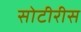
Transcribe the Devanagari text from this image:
सोटीरीस